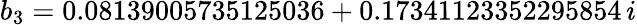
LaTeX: b_{3}=0.08139005735125036+0.17341123352295854\, i